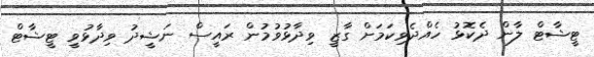
ޓީޝާޓް ލާން ދެކޮޅު ހެއްދެވިކަމަށް ގާޒީ ވިދާޅުވުމުން ރައީސް ނަޝީދު ވިދާޅުވީ ޓީޝާޓް